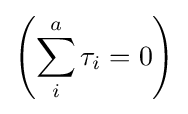
\left(\sum _{i}^{a}\tau _{i}=0\right)